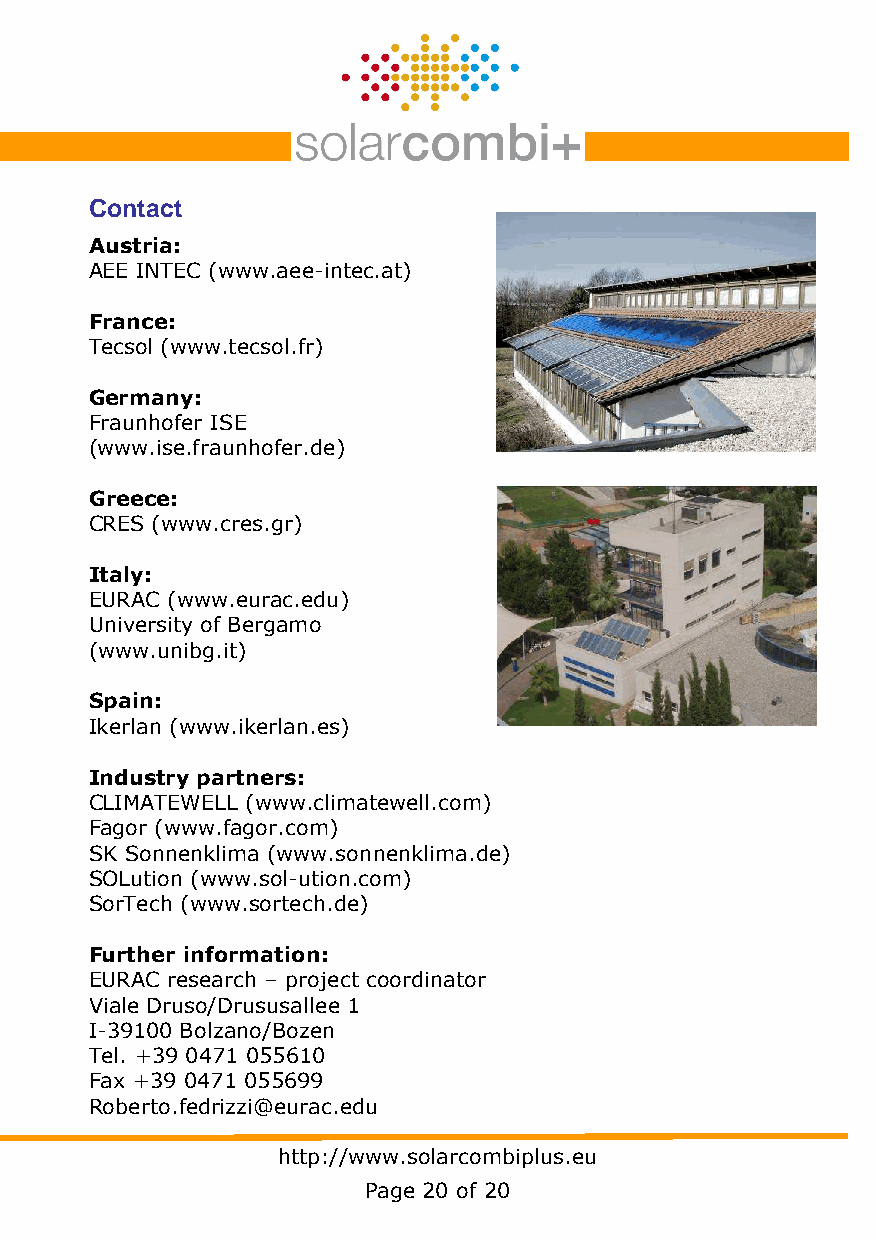
Contact
 Austria:
 AEE INTEC (www.aee-intec.at)
 France:
 Tecsol (www.tecsol.fr)
 Germany:
 Fraunhofer ISE
 (www.ise.fraunhofer.de)
 Greece:
 CRES (www.cres.gr)
 Italy:
 EURAC (www.eurac.edu)
 University of Bergamo
 (www.unibg.it)
 Spain:
 Ikerlan (www.ikerlan.es)
 Industry partners:
 CLIMATEWELL (www.climatewell.com)
 Fagor (www.fagor.com)
 SK Sonnenklima (www.sonnenklima.de)
 SOLution (www.sol-ution.com)
 SorTech (www.sortech.de)
 Further information:
 EURAC research – project coordinator
 Viale Druso/Drususallee 1
 I-39100 Bolzano/Bozen
 Tel. +39 0471 055610
 Fax +39 0471 055699
 Roberto.fedrizzi@eurac.edu
 http://www.solarcombiplus.eu
 Page 20 of 20